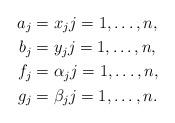
LaTeX: \begin{align*}a_j &= x_j j = 1, \ldots , n,\\ b_j &= y_j j = 1, \ldots , n,\\ f_j &= \alpha_j j = 1, \ldots , n, \\ g_j &= \beta_j j = 1, \ldots , n.\end{align*}